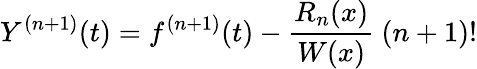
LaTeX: Y^{(n+1)}(t)=f^{(n+1)}(t)-{\frac{R_{n}(x)}{W(x)}}\ (n+1)!